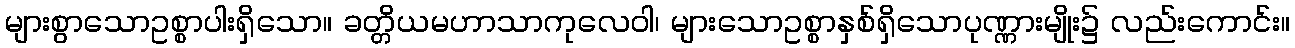
များစွာသောဥစ္စာပါးရှိသော။ ခတ္တိယမဟာသာကုလေဝါ၊ များသောဥစ္စာနှစ်ရှိသောပုဏ္ဏားမျိုး၌ လည်းကောင်း။